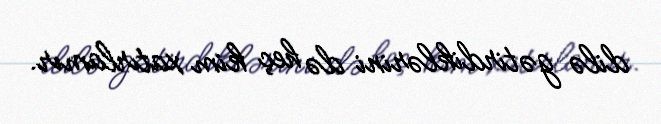
dilə gətirdiklərini də heç kim xatırlamır.